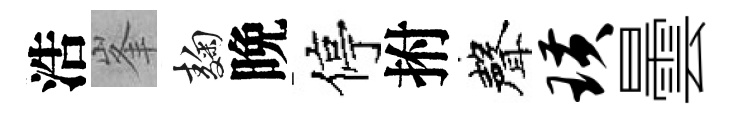
浩峯麹晩停拊聲璜曇